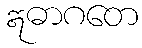
ဣဓာဂတေ